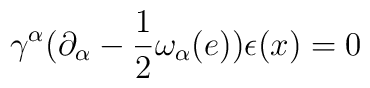
\gamma^\alpha(\partial_\alpha-\frac{1}{2}\omega_\alpha(e))\epsilon(x)=0